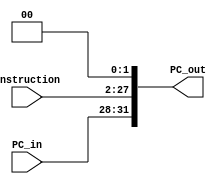
module JumpAddressing(PC_in,instruction,PC_out);

	input [3:0]PC_in;
	input [25:0]instruction;
	output [31:0]PC_out;
	wire [27:0]temp;

	assign PC_out={PC_in,instruction,2'b00};
endmodule